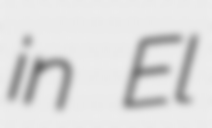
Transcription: in El